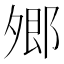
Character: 𡖥